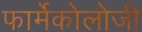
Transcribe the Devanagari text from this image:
फार्मेकोलोजी